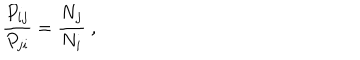
{ \frac { P _ { i j } } { P _ { j i } } } = { \frac { N _ { j } } { N _ { i } } } ~ ,